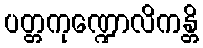
ပတ္တကုဏ္ဍောလိကန္တိ